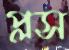
প্লস